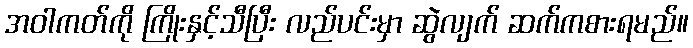
အဝါကတ်ကို ကြိုးနှင့်သီပြီး လည်ပင်းမှာ ဆွဲလျက် ဆက်ကစားရမည်။